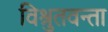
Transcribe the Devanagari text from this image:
विश्रुतवन्ता